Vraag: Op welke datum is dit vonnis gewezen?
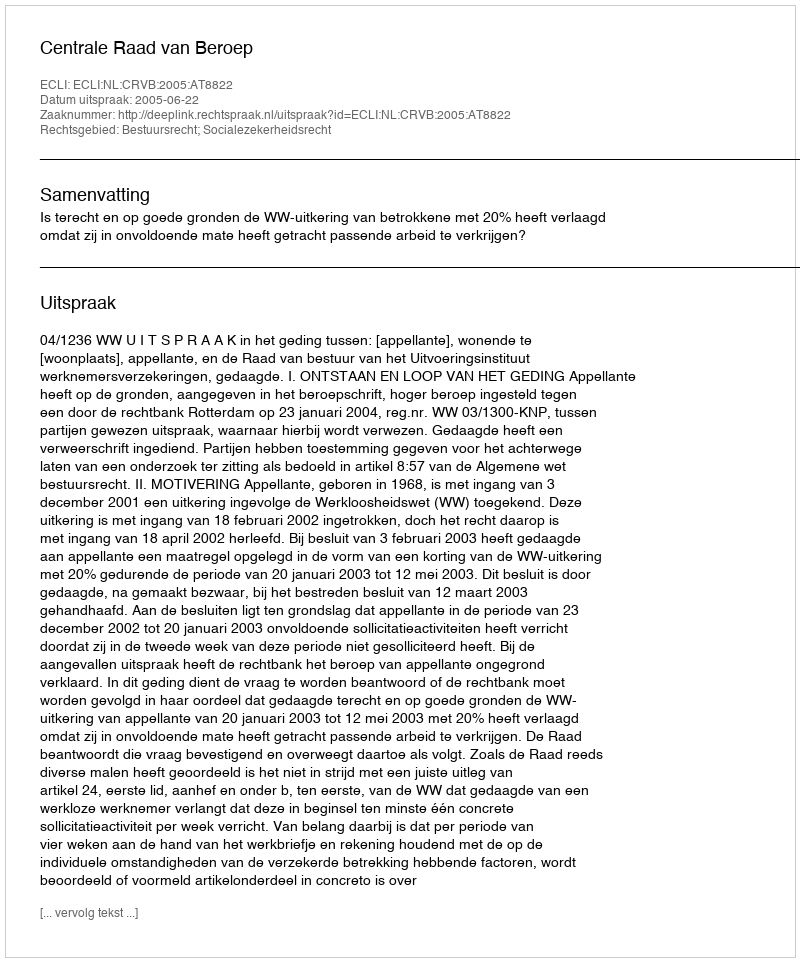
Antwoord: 2005-06-22